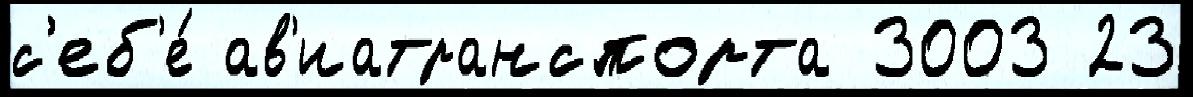
с'еб'е́ ав'иатранспорта 3003 23